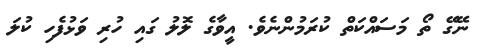
ނޭގޭ ތޯ މަސައްކަތް ކުރަމުންނެވެ. އީވާގެ ލޮލު ގައި ހުރި ވަޅުފެހި ކުލަ